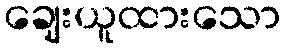
ချေးယူထားသော